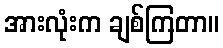
အားလုံးက ချစ်ကြတာ။